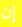
إن